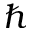
\hbar